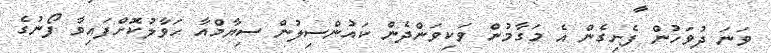
ވަނަ ދުވަހުން ފެށިގެން އެ މަގާމުން ވަކިވަންދެން ކައުންސިލުން ސިޔާމްއާ ހަވާލުކޮށްފައިވާ ފޯނުގެ